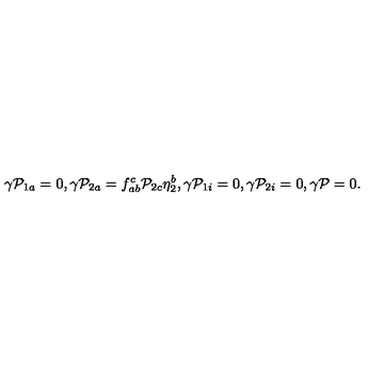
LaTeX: \gamma { \cal P } _ { 1 a } = 0 , \gamma { \cal P } _ { 2 a } = f _ { a b } ^ { c } { \cal P } _ { 2 c } \eta _ { 2 } ^ { b } , \gamma { \cal P } _ { 1 i } = 0 , \gamma { \cal P } _ { 2 i } = 0 , \gamma { \cal P } = 0 .